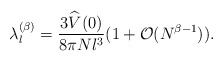
\begin{align*}\lambda_l^{(\beta)}=\frac{3\widehat V(0)}{8\pi Nl^3}(1+\mathcal{O}(N^{\beta-1})).\end{align*}